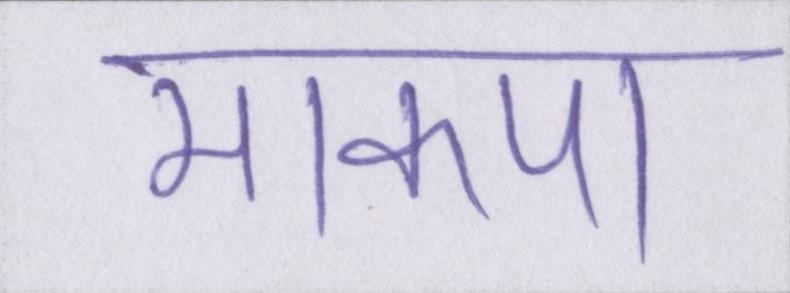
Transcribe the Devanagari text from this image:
माकपा